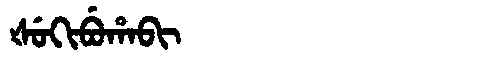
Manchu: ᡧᡠᡴᡳᠪᡠᡥᠠᠪᡳ
Romanization: ŠUKIBUHABI